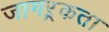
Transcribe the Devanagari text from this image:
जागऱ्रकता